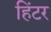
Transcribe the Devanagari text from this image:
हिंटर